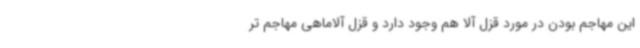
این مهاجم بودن در مورد قزل آلا هم وجود دارد و قزل آلاماهی مهاجم تر